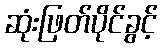
ဆုံးဖြတ်ပိုင်ခွင့်